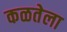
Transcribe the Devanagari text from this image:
कळतेला